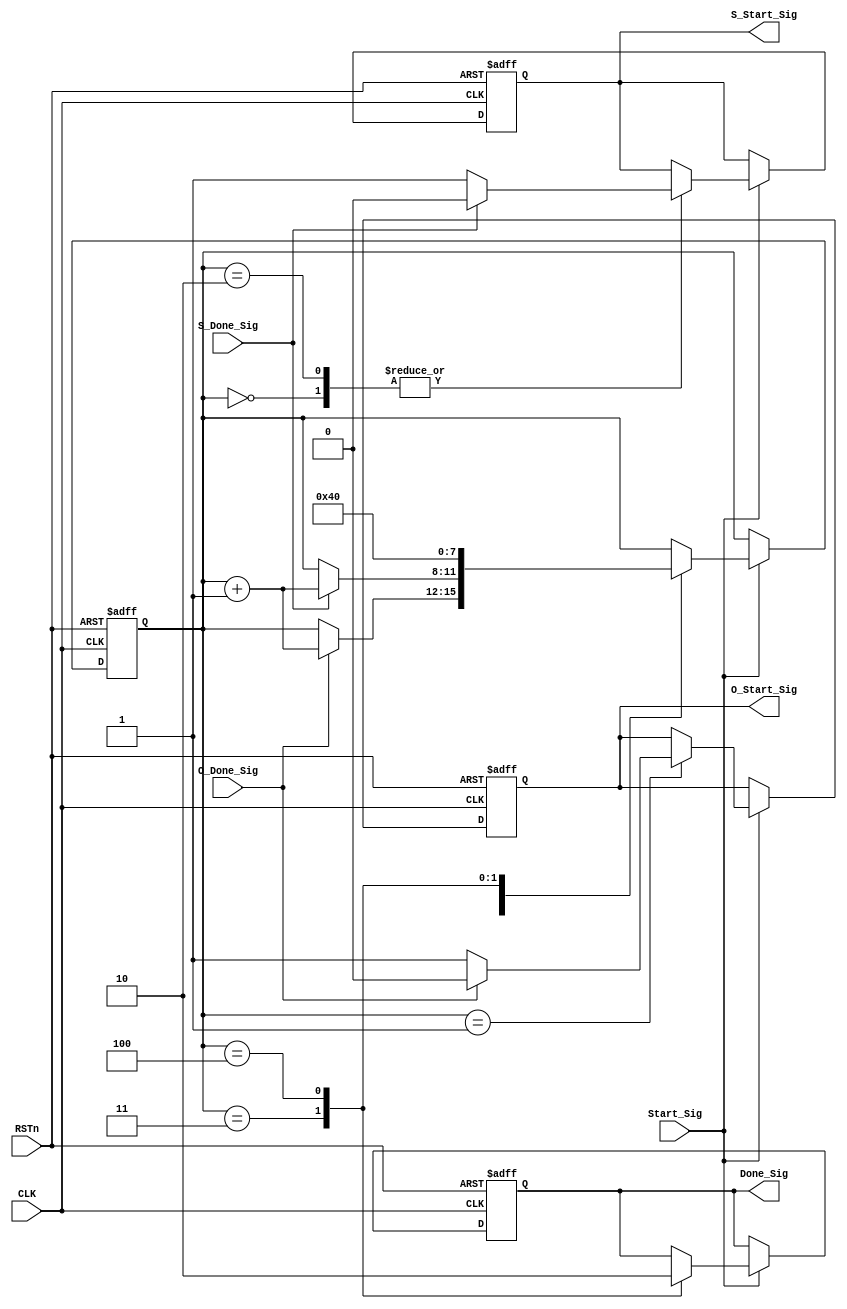
module sos_control_module
(
    CLK, RSTn,
	 Start_Sig,
	 S_Done_Sig, O_Done_Sig,
	 S_Start_Sig, O_Start_Sig,
	 Done_Sig
);

	input CLK;
	input RSTn;
	input Start_Sig;
	input S_Done_Sig, O_Done_Sig;
	output S_Start_Sig, O_Start_Sig;
	output Done_Sig;
	 
	 /*************************************/
	 
	 reg [3:0]i;
	 reg isO;
	 reg isS;
	 reg isDone;
	 
	 always @ ( posedge CLK or negedge RSTn )
        if( !RSTn )
		      begin
		          i <= 4'd0;
					 isO <= 1'b0;
					 isS <= 1'b0;
					 isDone <= 1'b0;
			   end
		  else if( Start_Sig )
		      case( i )
				    
					 4'd0:
					 if( S_Done_Sig ) begin isS <= 1'b0; i <= i + 1'b1; end
					 else isS <= 1'b1;
					 
					 4'd1:
					 if( O_Done_Sig ) begin isO <= 1'b0; i <= i + 1'b1; end
					 else isO <= 1'b1;
					 
					 4'd2:
					 if( S_Done_Sig ) begin isS <= 1'b0; i <= i + 1'b1; end
					 else isS <= 1'b1;
					 
					 4'd3:
                begin isDone <= 1'b1; i <= 4'd4; end
					 
					 4'd4:
					 begin isDone <= 1'b0; i <= 4'd0; end
					  
				endcase
				
    /*****************************************/

    assign S_Start_Sig = isS;
    assign O_Start_Sig = isO;
    assign Done_Sig = isDone;	 
	 
	 /*****************************************/
	 
endmodule